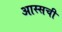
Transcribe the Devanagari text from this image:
आस्सची